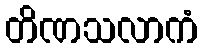
တိဏသလာကံ